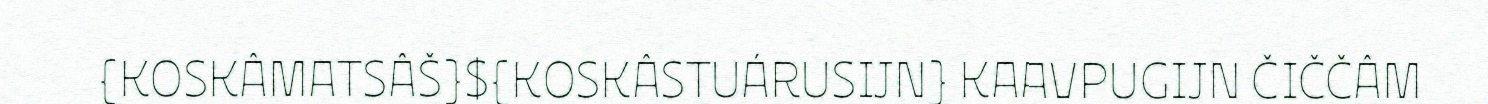
{KOSKÂMATSÂŠ}${KOSKÂSTUÁRUSIJN} KAAVPUGIJN ČIČČÂM